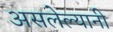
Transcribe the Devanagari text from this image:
असलेल्यानी